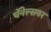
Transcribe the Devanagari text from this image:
चॅनेल्सवर